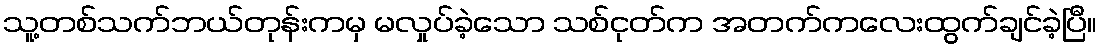
သူ့တစ်သက်ဘယ်တုန်းကမှ မလှုပ်ခဲ့သော သစ်ငုတ်က အတက်ကလေးထွက်ချင်ခဲ့ပြီ။